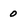
Character: O